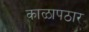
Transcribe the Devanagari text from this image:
काळापठार